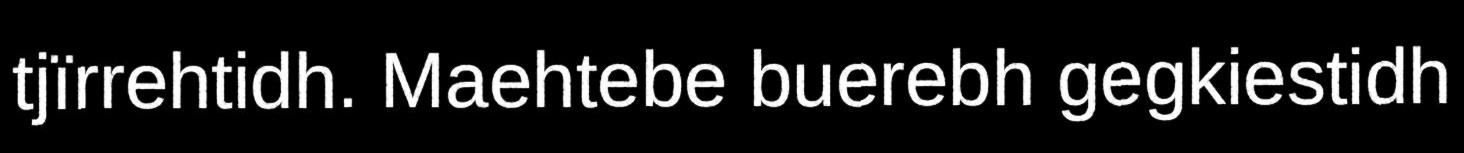
tjïrrehtidh. Maehtebe buerebh gegkiestidh